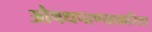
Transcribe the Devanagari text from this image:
औषधपाण्याकरिता